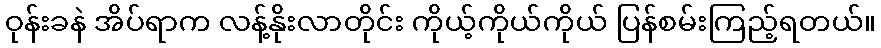
ဝုန်းခနဲ အိပ်ရာက လန့်နိုးလာတိုင်း ကိုယ့်ကိုယ်ကိုယ် ပြန်စမ်းကြည့်ရတယ်။